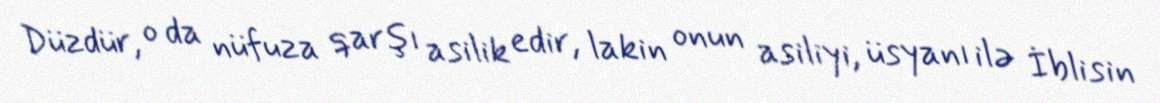
Düzdür, o da nüfuza qarşı asilik edir, lakin onun asiliyi, üsyanı ilə İblisin